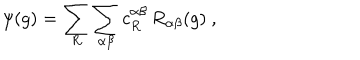
\psi ( g ) = \sum _ { R } \sum _ { \alpha \beta } c _ { R } ^ { \alpha \beta } \, R _ { \alpha \beta } ( g ) ~ ,